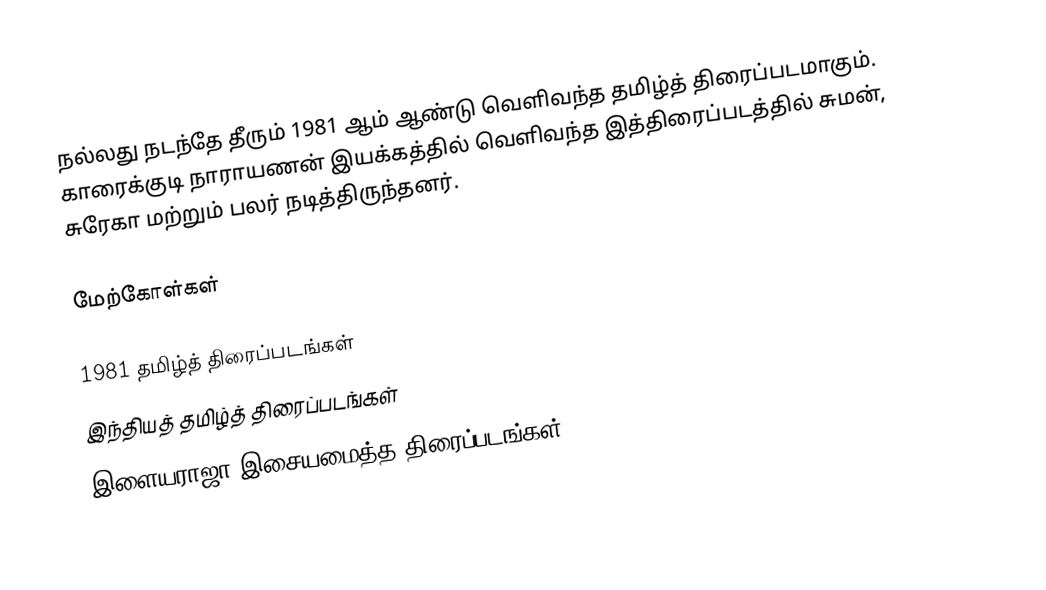
நல்லது நடந்தே தீரும் 1981 ஆம் ஆண்டு வெளிவந்த தமிழ்த் திரைப்படமாகும். காரைக்குடி நாராயணன் இயக்கத்தில் வெளிவந்த இத்திரைப்படத்தில் சுமன், சுரேகா மற்றும் பலர் நடித்திருந்தனர்.

மேற்கோள்கள்

1981 தமிழ்த் திரைப்படங்கள்
இந்தியத் தமிழ்த் திரைப்படங்கள்
இளையராஜா இசையமைத்த திரைப்படங்கள்